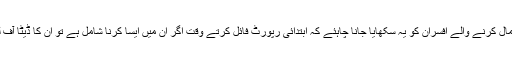
باڈی کیمرا استعمال کرنے والے افسران کو یہ سکھایا جانا چاہئے کہ ابتدائی رپورٹ فائل کرتے وقت اگر ان میں ایسا کرنا شامل ہے تو ان کا ڈیٹا آف لوڈ کیسے کریں۔